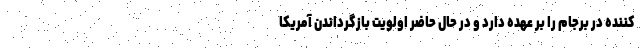
کننده در برجام را بر عهده دارد و در حال حاضر اولویت بازگرداندن آمریکا